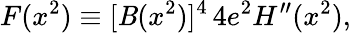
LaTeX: F(x^{2})\equiv[\mathit{B}(x^{2})]^{4}\, 4e^{2}H^{\prime\prime}(x^{2}),